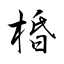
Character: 棔